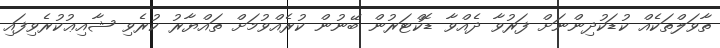
ތާވަލްތަކެއް ކުޑަކުދިންނަށް ފަރުވާ ދެއްވާ ޑޮކްޓަރުން ބޭނުން ކުރެއްވުމަށް ތައްޔާރު ކުރެވި ޝާއިޢުކުރެވިފައި